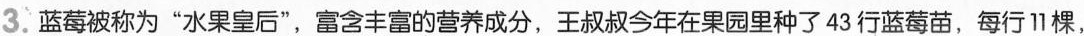
3.蓝莓被称为”水果皇后”，富含丰富的营养成分，王叔叔今年在果园里种了43行蓝莓苗，每行11棵，